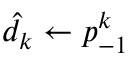
\hat { d } _ { k } \gets p _ { - 1 } ^ { k }